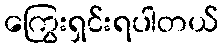
ကြွေးရှင်းရပါတယ်